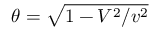
\theta = \sqrt { 1 - V ^ { 2 } / v ^ { 2 } }